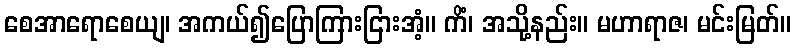
စေအာရောစေယျ၊ အကယ်၍ပြောကြားငြားအံ့။ ကိံ၊ အသို့နည်း။ မဟာရာဇ၊ မင်းမြတ်။